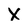
Character: X